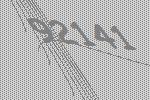
92141